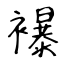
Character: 襮